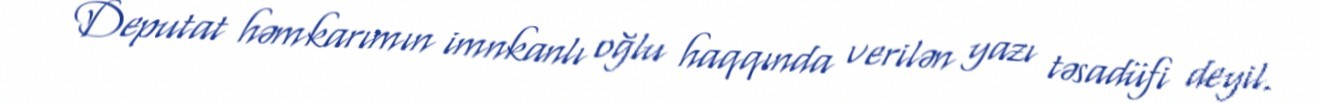
Deputat həmkarımın imnkanlı oğlu haqqında verilən yazı təsadüfi deyil.